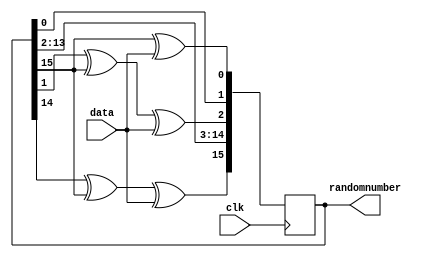
`timescale 1ns / 1ps
//////////////////////////////////////////////////////////////////////////////////
// Company: 
// Engineer: 
// 
// Design Name: 
// Module Name:    randombitsgenerator 
// Project Name: 
// Target Devices: 
// Tool versions: 
// Description: 
//
// Dependencies: 
//
// Revision: 
// Revision 0.01 - File Created
// Additional Comments: 
//
//////////////////////////////////////////////////////////////////////////////////
module randombitsgenerator(
    input clk,
	 input data,
    output [15:0] randomnumber
    );
	 
	reg [15:0] shift_reg = 16'hFF_FF; // initial value

	always @(posedge clk) begin // reset all counters
		shift_reg[0] <= shift_reg[15] ^ data;
		shift_reg[1] <= shift_reg[0];
		shift_reg[2] <= shift_reg[1] ^ shift_reg[15] ^ data;
		shift_reg[14:3] <= shift_reg[13:2];
		shift_reg[15] <= shift_reg[14] ^ shift_reg[15] ^ data;
	end

	assign randomnumber = shift_reg;
	
endmodule